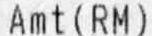
AMT(RM)